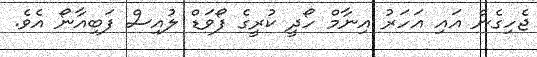
ޖެހިގެން އައި އަހަރު އިނާމް ހޯދީ ކުރީގެ ފޯވަޑް ލުއިސް ފަބިއާނޯ އެވެ.